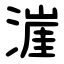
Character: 漄